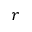
r